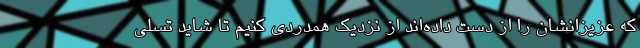
که عزیزانشان را از دست داده‌اند از نزدیک همدردی کنیم تا شاید تسلی